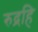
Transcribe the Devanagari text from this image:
रुद्रहि